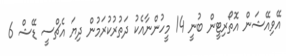
އޭވިއޭޝަން އޮތޯރިޓީން ބުނީ 14 މީހުންނާއެކު ދަތުރުކުރަމުން ދިޔަ އެޗްސީ ޑޭޝް 6